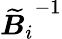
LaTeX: {\boldsymbol{{\widetilde{B}}}_{i}}^{-1}